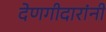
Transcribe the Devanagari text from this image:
देणगीदारांनी